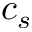
c _ { s }